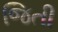
જિતી